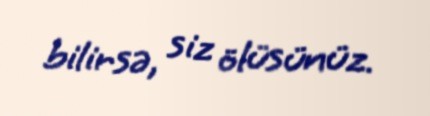
bilirsə, siz ölüsünüz.